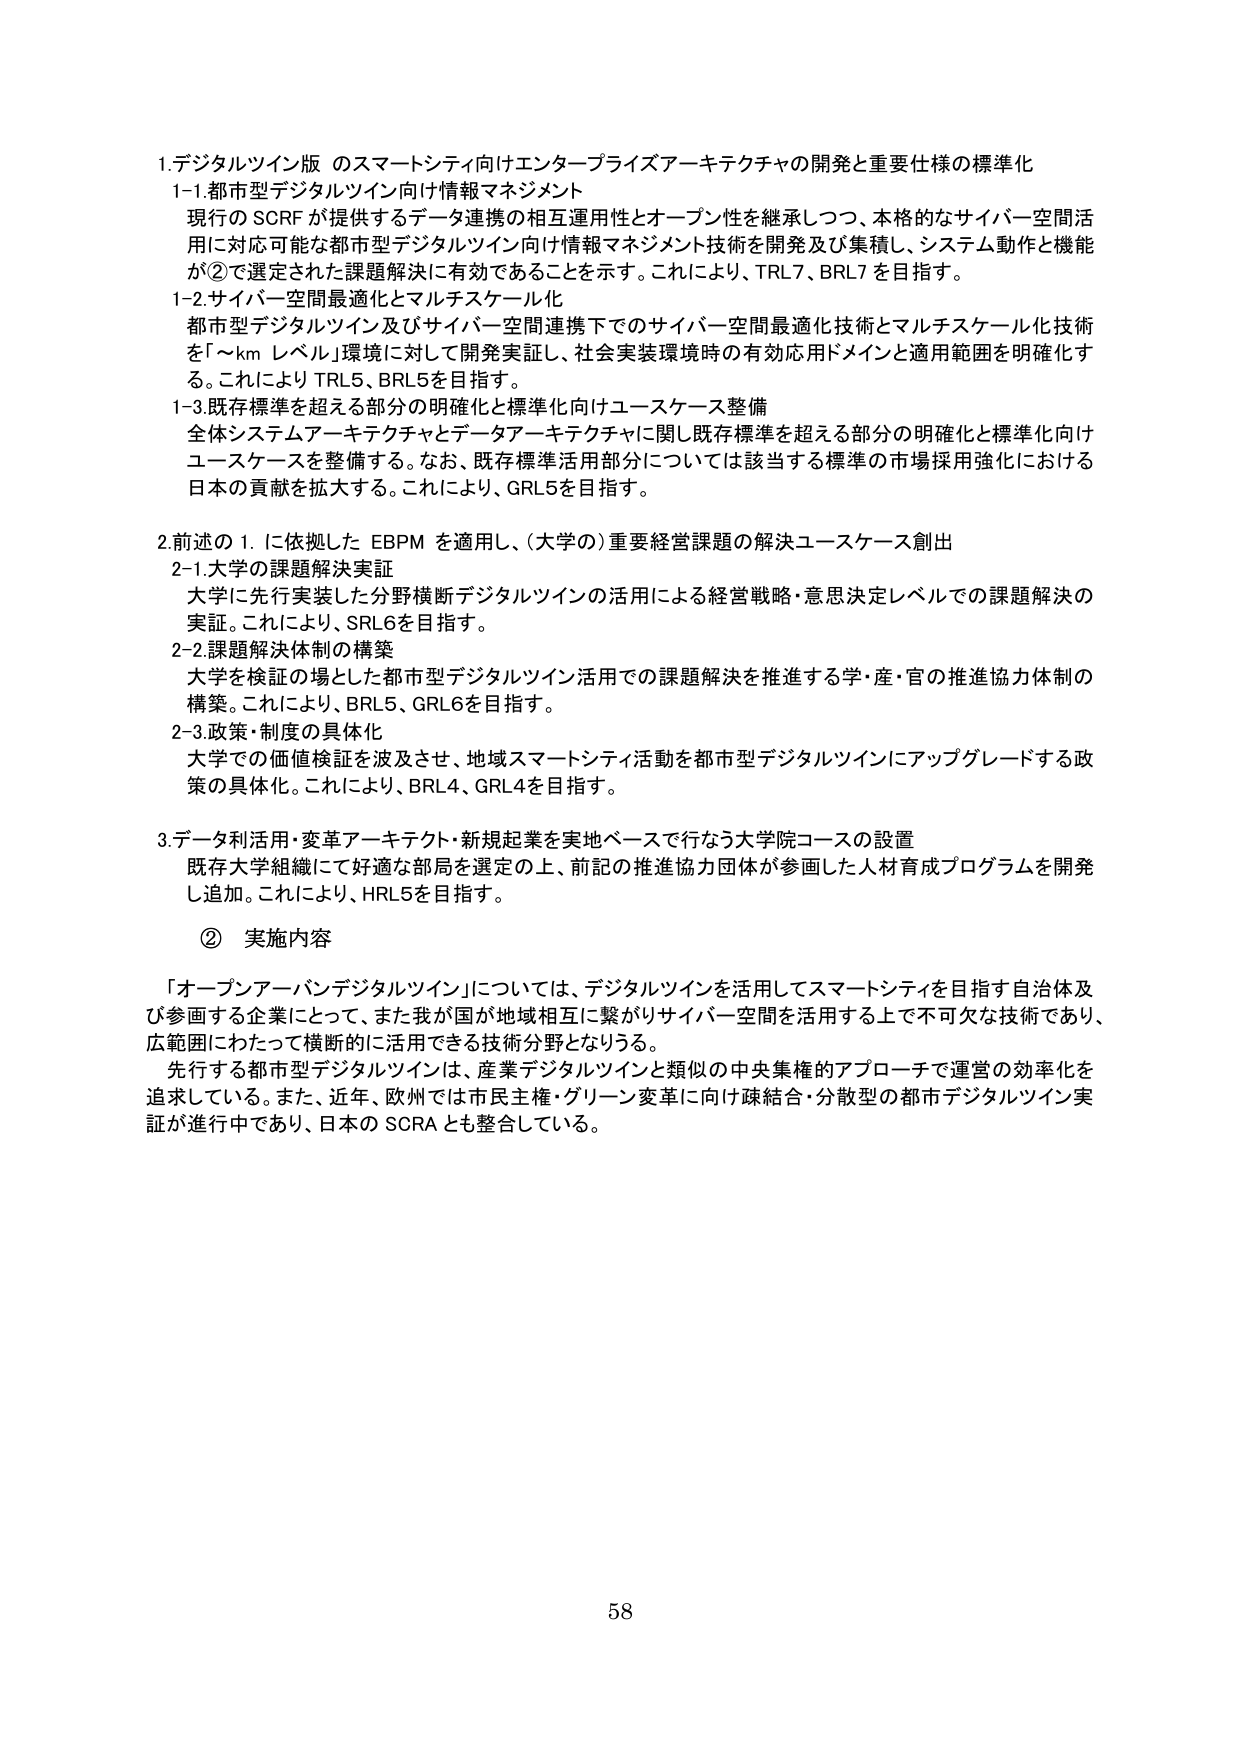
1. デジタルツイン版 のスマートシティ向けエンタープライズアーキテクチャの開発と重要仕様の標準化
1-1. 都市型デジタルツイン向け情報マネジメント
現行の SCRF が提供するデータ連携の相互運用性とオープン性を継承しつつ、本格的なサイバー空間活用に対応可能な都市型デジタルツイン向け情報マネジメント技術を開発及び集積し、システム動作と機能が②で選定された課題解決に有効であることを示す。これにより、TRL7、BRL7を目指す。
1-2. サイバー空間最適化とマルチスケール化
都市型デジタルツイン及びサイバー空間連携下でのサイバー空間最適化技術とマルチスケール化技術を「～km レベル」環境に対して開発実証し、社会実装環境時の有効応用ドメインと適用範囲を明確化する。これにより TRL5、BRL5を目指す。
1-3. 既存標準を超える部分の明確化と標準化向けユースケース整備
全体システムアーキテクチャとデータアーキテクチャに関し既存標準を超える部分の明確化と標準化向けユースケースを整備する。なお、既存標準活用部分については該当する標準の市場採用強化における日本の貢献を拡大する。これにより、GRL5を目指す。

2. 前述の1. に依拠した EBPM を適用し、（大学の）重要経営課題の解決ユースケース創出
2-1. 大学の課題解決実証
大学に先行実装した分野横断デジタルツインの活用による経営戦略・意思決定レベルでの課題解決の実証。これにより、SRL6を目指す。
2-2. 課題解決体制の構築
大学を検証の場とした都市型デジタルツイン活用での課題解決を推進する学・産・官の推進協力体制の構築。これにより、BRL5、GRL6を目指す。
2-3. 政策・制度の具体化
大学での価値検証を波及させ、地域スマートシティ活動を都市型デジタルツインにアップグレードする政策の具体化。これにより、BRL4、GRL4を目指す。

3. データ利活用・変革アーキテクト・新規起業を実地ベースで行なう大学院コースの設置
既存大学組織にて好適な部局を選定の上、前記の推進協力団体が参画した人材育成プログラムを開発し追加。これにより、HRL5を目指す。

② 実施内容
「オープンアーバンデジタルツイン」については、デジタルツインを活用してスマートシティを目指す自治体及び参画する企業にとって、また我が国が地域相互に繋がりサイバー空間を活用する上で不可欠な技術であり、広範囲にわたって横断的に活用できる技術分野となりうる。
先行する都市型デジタルツインは、産業デジタルツインと類似の中央集権的アプローチで運営の効率化を追求している。また、近年、欧州では市民主権・グリーン変革に向け疎結合・分散型の都市デジタルツイン実証が進行中であり、日本の SCRA とも整合している。

58